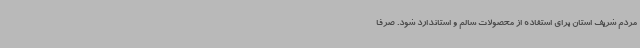
مردم شریف استان برای استفاده از محصولات سالم و استاندارد شود. صرفا